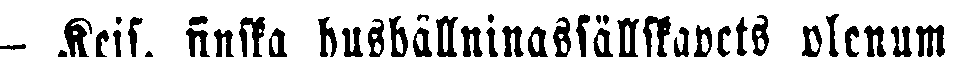
— Kejs. finska hushållningssällskapets plenum